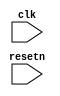
module uart_fsm (
  input clk,    // Clock
  input resetn,  // Asynchronous reset active low
  
);





endmodule